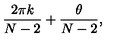
\frac { 2 \pi k } { N - 2 } + \frac { \theta } { N - 2 } ,